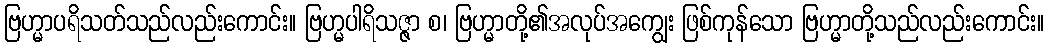
ဗြဟ္မာပရိသတ်သည်လည်းကောင်း။ ဗြဟ္မပါရိသဇ္ဇာ စ၊ ဗြဟ္မာတို့၏အလုပ်အကျွေး ဖြစ်ကုန်သော ဗြဟ္မာတို့သည်လည်းကောင်း။